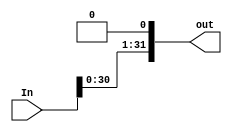
module shift #(parameter Width = 32)(
input [Width-1:0] In,
output [Width-1:0] out);

assign out = In << 1;
endmodule